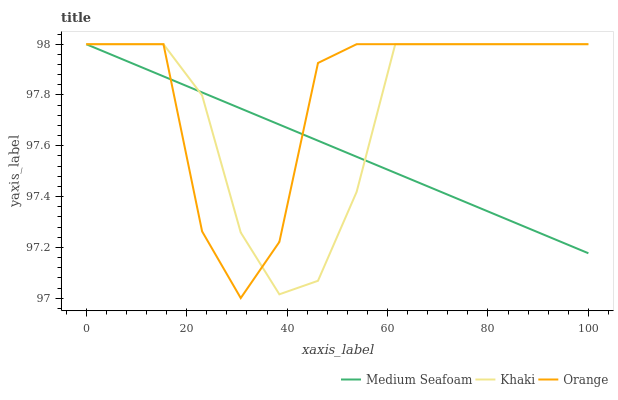
| xaxis_label | Medium Seafoam | Khaki | Orange |
 | --- | --- | --- | --- |
 | 0 | 98 | 98 | 98 |
 | 7.69 | 97.9 | 98 | 98 |
 | 15.4 | 97.9 | 98 | 98 |
 | 23.1 | 97.8 | 97.8 | 97.3 |
 | 30.8 | 97.7 | 97.3 | 97 |
 | 38.5 | 97.7 | 97 | 97.2 |
 | 46.2 | 97.6 | 97.1 | 97.9 |
 | 53.8 | 97.6 | 97.4 | 98 |
 | 61.5 | 97.5 | 98 | 98 |
 | 69.2 | 97.4 | 98 | 98 |
 | 76.9 | 97.4 | 98 | 98 |
 | 84.6 | 97.3 | 98 | 98 |
 | 92.3 | 97.2 | 98 | 98 |
 | 100 | 97.2 | 98 | 98 |